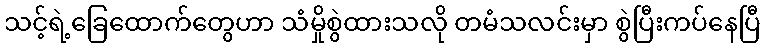
သင့်ရဲ့ခြေထောက်တွေဟာ သံမှိုစွဲထားသလို တမံသလင်းမှာ စွဲပြီးကပ်နေပြီ